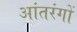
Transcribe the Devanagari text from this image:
आंतरंगों